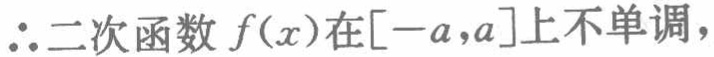
\(\therefore 二次函数\ f(x)在[-a,a]上不单调，\)